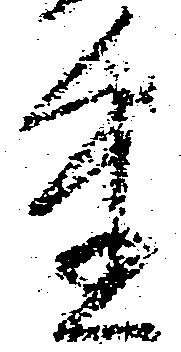
重